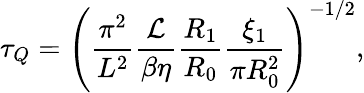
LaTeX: \tau_{Q}=\left(\frac{\pi^{2}}{L^{2}}\frac{\mathcal{L}}{\beta\eta}\frac{R_{1}}{R_{0}}\frac{\xi_{1}}{\pi R_{0}^{2}}\right)^{-1/2},